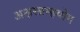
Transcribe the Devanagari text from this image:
अक्षरब्रम्हयोग